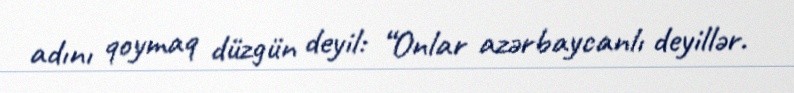
adını qoymaq düzgün deyil: “Onlar azərbaycanlı deyillər.